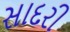
સાદરી